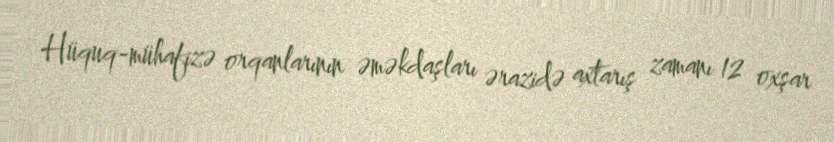
Hüquq-mühafizə orqanlarının əməkdaşları ərazidə axtarış zamanı 12 oxşar